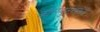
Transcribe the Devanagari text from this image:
कॉम्प्युटरमध्ये